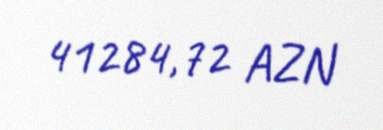
41284,72 AZN